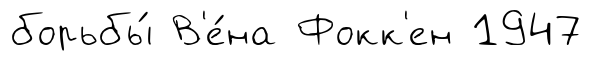
борьбы́ В'е́на Фокк'ен 1947